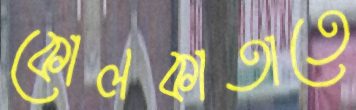
কোলকাতাতে